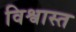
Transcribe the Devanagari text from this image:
विश्वास्त